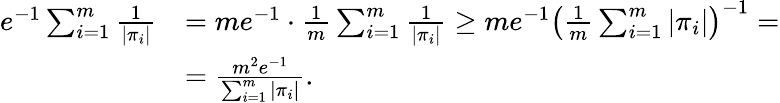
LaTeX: \begin{array}{rl}{e^{-1}\sum_{i=1}^{m}\frac{1}{|\pi_{i}|}}&{=me^{-1}\cdot\frac{1}{m}\sum_{i=1}^{m}\frac{1}{|\pi_{i}|}\geq me^{-1}\left(\frac{1}{m}\sum_{i=1}^{m}|\pi_{i}|\right)^{-1}=}\\ &{=\frac{m^{2}e^{-1}}{\sum_{i=1}^{m}|\pi_{i}|}.}\end{array}